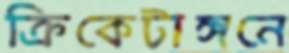
ক্রিকেটাঙ্গনে